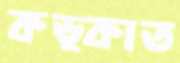
কড়্‌কাত